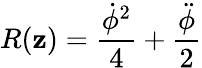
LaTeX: R(\mathbf{z})=\frac{{\dot{{\phi}}^{2}}}{{4}}+\frac{{\ddot{{\phi}}}}{{2}}